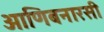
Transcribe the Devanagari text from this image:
आणिबनारसी